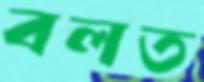
বলত